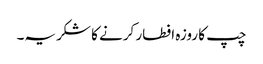
چپ کا روزہ افطار کرنے کا شکریہ۔